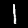
Label: 1